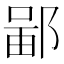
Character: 𫑣